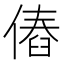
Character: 𠌴